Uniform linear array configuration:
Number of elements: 4
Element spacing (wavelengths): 0.5
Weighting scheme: exponential
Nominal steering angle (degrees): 30
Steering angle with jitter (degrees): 29.927
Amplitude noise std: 0.05
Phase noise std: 0.05

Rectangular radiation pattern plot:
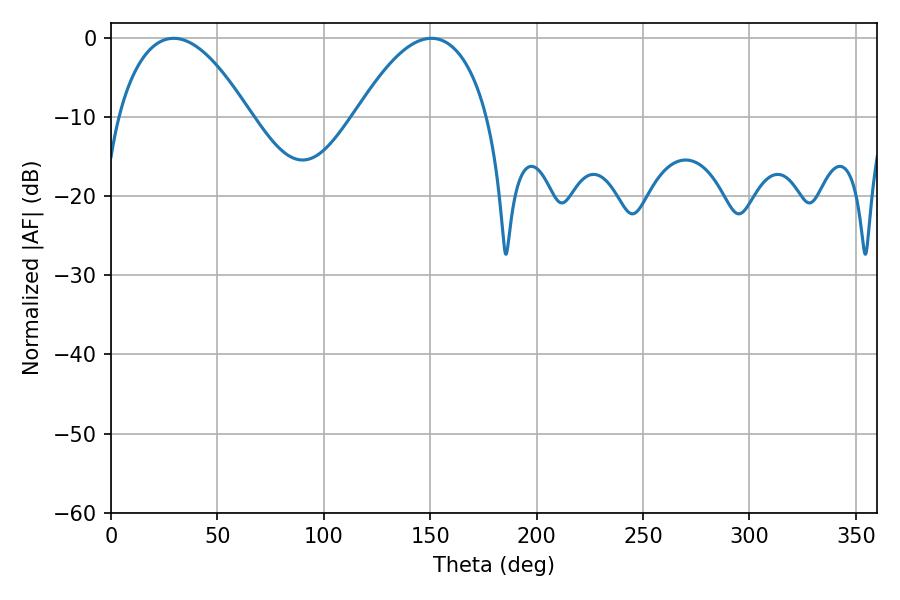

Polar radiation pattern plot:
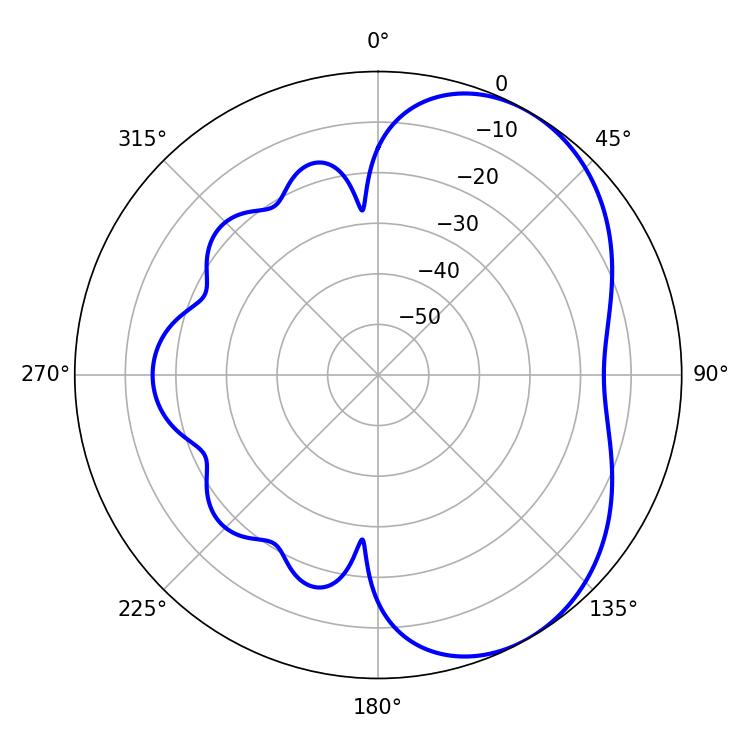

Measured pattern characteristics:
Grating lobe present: FALSE
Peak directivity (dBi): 4.815
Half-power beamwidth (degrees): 34.38
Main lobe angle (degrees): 29.52